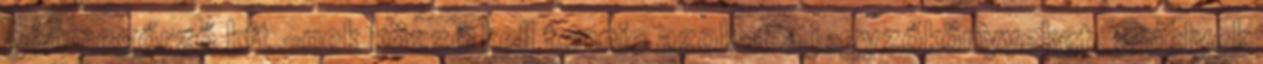
génmegőrző kft.-nek közzé kell tennie azokat a jegyzőkönyveket, amelyek